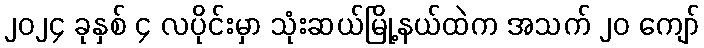
၂၀၂၄ ခုနှစ် ၄ လပိုင်းမှာ သုံးဆယ်မြို့နယ်ထဲက အသက် ၂၀ ကျော်